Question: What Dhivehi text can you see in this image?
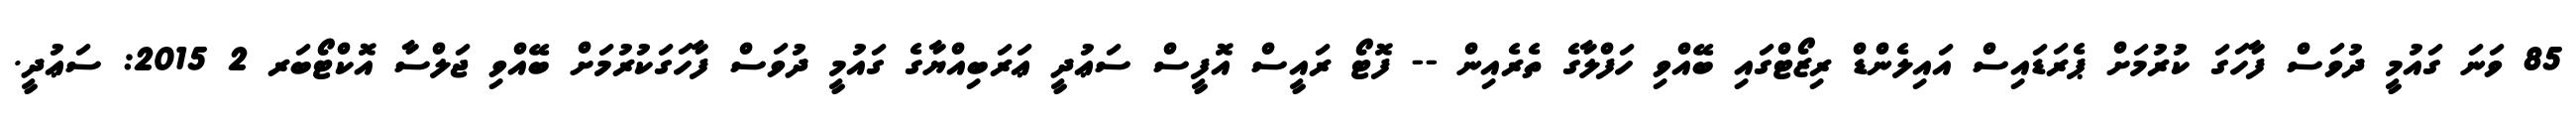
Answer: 85 ވަނަ ގައުމީ ދުވަސް ފާހަގަ ކުރުމަށް ޕެރަޑައިސް އައިލެންޑް ރިޒޯޓްގައި ބޭއްވި ހަފްލާގެ ތެރެއިން -- ފޮޓޯ ރައީސް އޮފީސް ސަޢުދީ ޢަރަބިއްޔާގެ ގައުމީ ދުވަސް ފާހަގަކުރުމަށް ބޭއްވި ޖަލްސާ އޮކްޓޯބަރ 2 2015: ސަޢުދީ.